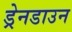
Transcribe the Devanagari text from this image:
ड्रेनडाउन